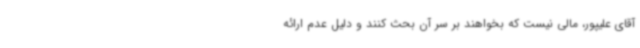
آقای علیپور، مالی نیست که بخواهند بر سر آن بحث کنند و دلیل عدم ارائه